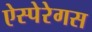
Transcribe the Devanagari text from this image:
ऐस्पेरेगस